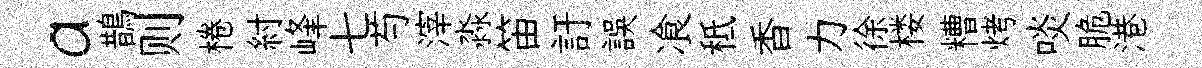
a鵲则棬紂峰七芍滓淼笛訏誤飡秪香力徐楼糟烤啖脆港